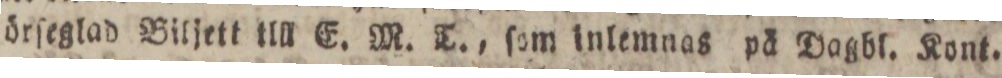
örſeglad Biljett till E. M. T., ſom inlemnas på Dagbl. Kont.